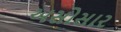
અસોસાર